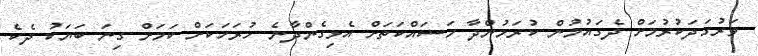
ވަރުގަދަކުރުމަށް ދެގައުމުން ކުރަމުންދާ މަސައްކަތަށް އެޅިގެންދާނެ ހުރަހަކަށް ކަމަށް ގިނަ ބަޔަކު ދެކެ